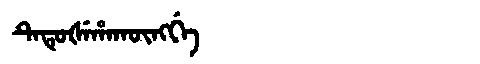
Manchu: ᡨᡝᡨᡠᡧᡝᡥᠠᡴᡡᠩᡤᡝ
Romanization: TETUŠEHAKŪNGGE